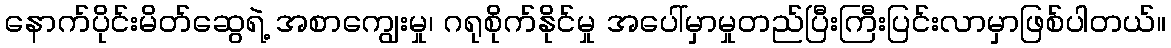
နောက်ပိုင်းမိတ်ဆွေရဲ့ အစာကျွေးမှု၊ ဂရုစိုက်နိုင်မှု အပေါ်မှာမှုတည်ပြီးကြီးပြင်းလာမှာဖြစ်ပါတယ်။